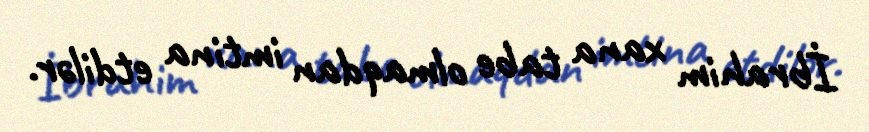
İbrahim xana tabe olmaqdan imtina etdilər.